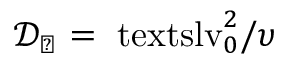
\ensuremath { \mathcal { D } _ { \perp } } = \ensuremath { \mathrm { \ t e x t s l { v } } _ { 0 } } ^ { 2 } / \upsilon